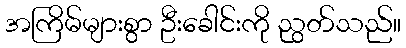
အကြိမ်များစွာ ဦးခေါင်းကို ညွတ်သည်။